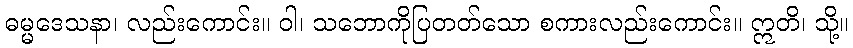
ဓမ္မဒေသနာ၊ လည်းကောင်း။ ဝါ၊ သဘောကိုပြတတ်သော စကားလည်းကောင်း။ ဣတိ၊ သို့။